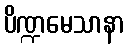
ပိဏ္ဍမေသာနာ